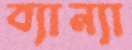
ব্যান্যা